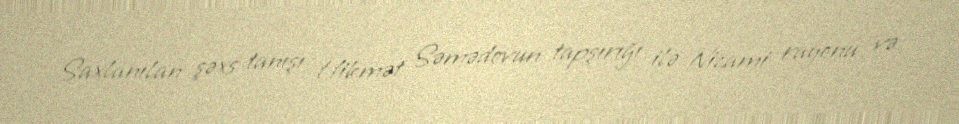
Saxlanılan şəxs tanışı Hikmət Səmədovun tapşırığı ilə Nizami rayonu və